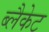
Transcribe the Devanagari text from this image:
ब्लैकेट